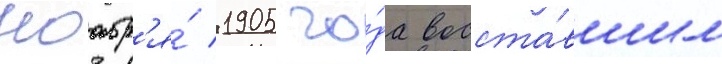
ноабр'я́ 1905 го́да восста́вшим